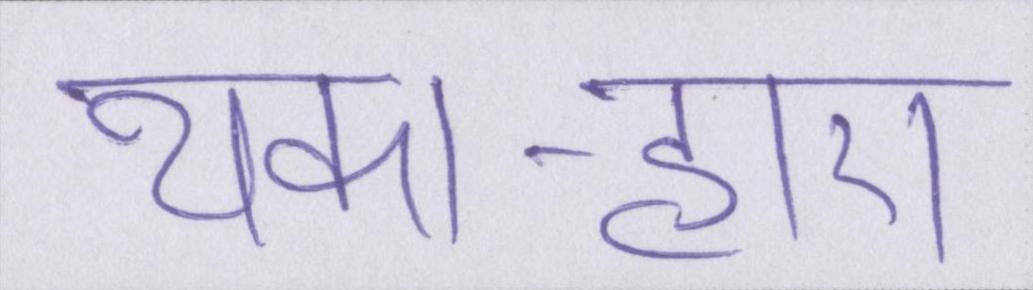
थका-हारा